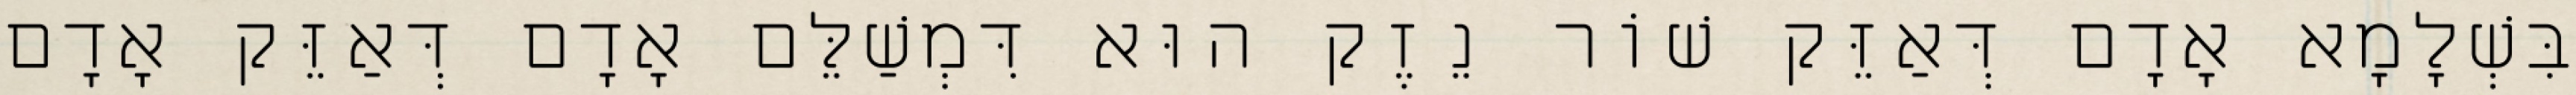
בִּשְׁלָמָא אָדָם דְּאַזֵּק שׁוֹר נֵזֶק הוּא דִּמְשַׁלֵּם אָדָם דְּאַזֵּק אָדָם